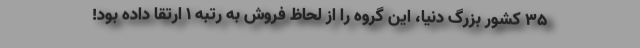
۳۵ کشور بزرگ دنیا، این گروه را از لحاظ فروش به رتبه ۱ ارتقا داده بود!